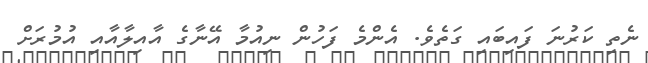
ނެތި ކަރުނަ ފައިބައި ގަތެވެ. އެންމެ ފަހުން ނިއުމާ އޭނާގެ އާއިލާއާއި އުމުރަށް